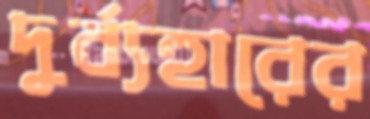
দুর্ব্যহারের